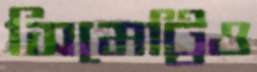
সিমেট্রিও